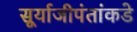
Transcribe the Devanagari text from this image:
सूर्याजीपंतांकडे